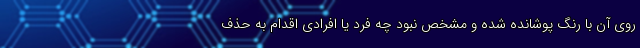
روی آن با رنگ پوشانده شده و مشخص نبود چه فرد یا افرادی اقدام به حذف